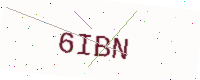
Text: 6IBN